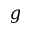
\boldsymbol { g }